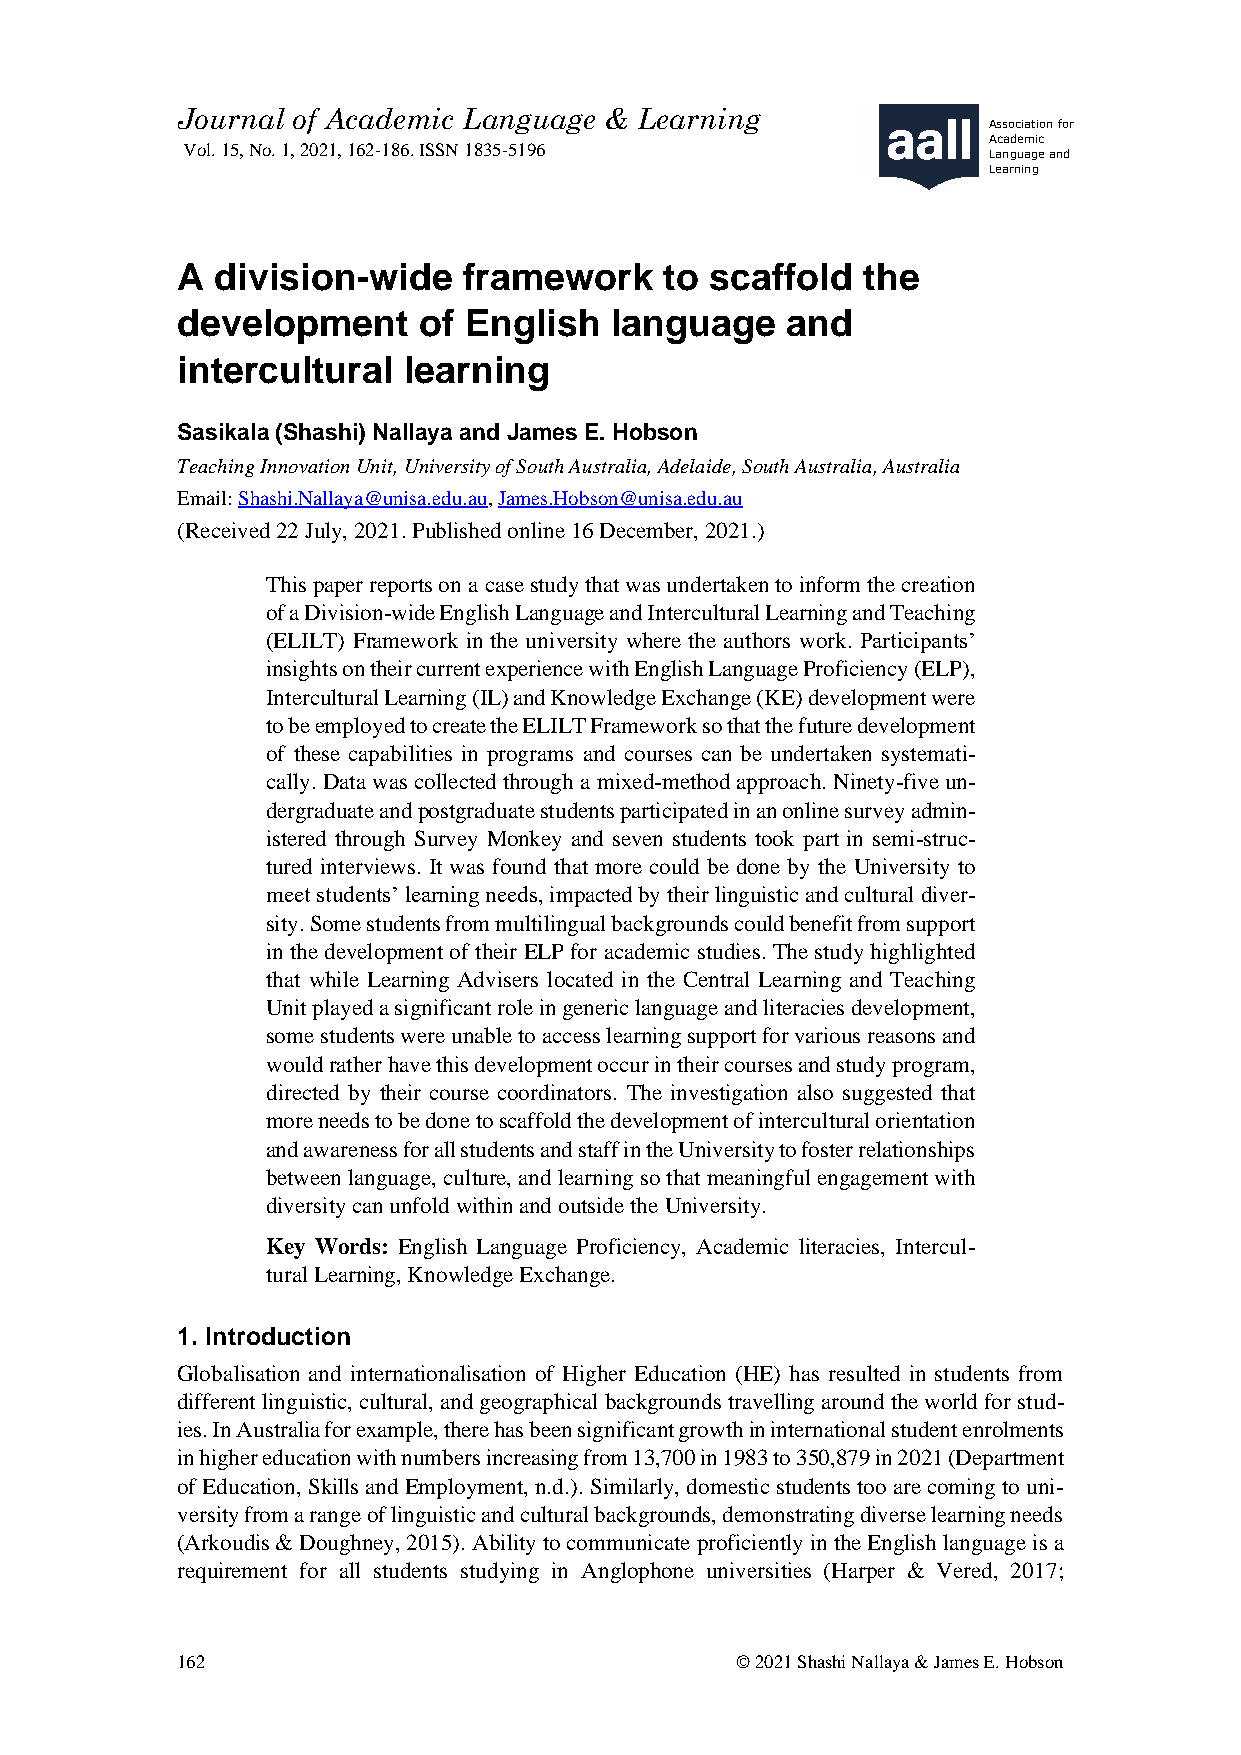
Journal of Academic Language & Learning
 Association for
 Vol. 15, No. 1, 2021, 162-186. ISSN 1835-5196
 Academic
 Language and
 Learning
 A division-wide    framework    to scaffold  the
 development     of English  language    and
 intercultural  learning
 Sasikala (Shashi) Nallaya and James E. Hobson
 Teaching Innovation Unit, University of South Australia, Adelaide, South Australia, Australia
 Email: Shashi.Nallaya@unisa.edu.au, James.Hobson@unisa.edu.au
 (Received 22 July, 2021. Published online 16 December, 2021.)
 This paper reports on a case study that was undertaken to inform the creation
 of a Division-wide English Language and Intercultural Learning and Teaching
 (ELILT) Framework in the university where the authors work. Participants’
 insights on their current experience with English Language Proficiency (ELP),
 Intercultural Learning (IL) and Knowledge Exchange (KE) development were
 to be employed to create the ELILT Framework so that the future development
 of these capabilities in programs and courses can be undertaken systemati-
 cally. Data was collected through a mixed-method approach. Ninety-five un-
 dergraduate and postgraduate students participated in an online survey admin-
 istered through Survey Monkey and seven students took part in semi-struc-
 tured interviews. It was found that more could be done by the University to
 meet students’ learning needs, impacted by their linguistic and cultural diver-
 sity. Some students from multilingual backgrounds could benefit from support
 in the development of their ELP for academic studies. The study highlighted
 that while Learning Advisers located in the Central Learning and Teaching
 Unit played a significant role in generic language and literacies development,
 some students were unable to access learning support for various reasons and
 would rather have this development occur in their courses and study program,
 directed by their course coordinators. The investigation also suggested that
 more needs to be done to scaffold the development of intercultural orientation
 and awareness for all students and staff in the University to foster relationships
 between language, culture, and learning so that meaningful engagement with
 diversity can unfold within and outside the University.
 Key Words: English Language Proficiency, Academic literacies, Intercul-
 tural Learning, Knowledge Exchange.
 1. Introduction
 Globalisation and internationalisation of Higher Education (HE) has resulted in students from
 different linguistic, cultural, and geographical backgrounds travelling around the world for stud-
 ies. In Australia for example, there has been significant growth in international student enrolments
 in higher education with numbers increasing from 13,700 in 1983 to 350,879 in 2021 (Department
 of Education, Skills and Employment, n.d.). Similarly, domestic students too are coming to uni-
 versity from a range of linguistic and cultural backgrounds, demonstrating diverse learning needs
 (Arkoudis & Doughney, 2015). Ability to communicate proficiently in the English language is a
 requirement for all students studying in Anglophone universities (Harper & Vered, 2017;
 162                                  © 2021 Shashi Nallaya & James E. Hobson